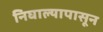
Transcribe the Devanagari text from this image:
निघाल्यापासून